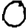
Digit: 0